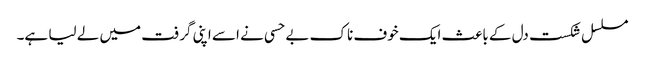
مسلسل شکست دل کے باعث ایک خوف ناک بے حسی نے اسے اپنی گرفت میں لے لیا ہے۔